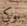
بوكي